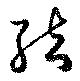
結